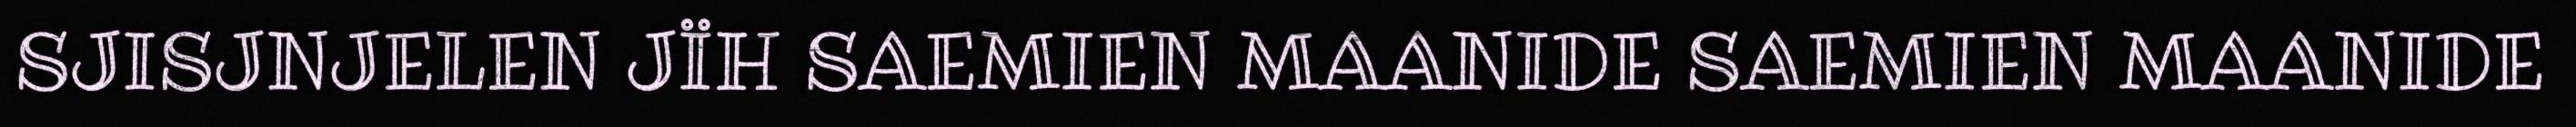
SJISJNJELEN JÏH SAEMIEN MAANIDE SAEMIEN MAANIDE